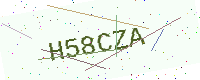
Text: H58CZA